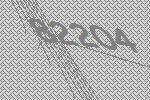
82204